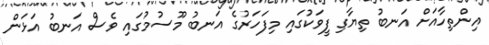
އިންތިހާއަށް އަނބު ތިޔާގި ފީވަކުގައި މިފަހަރުގެ އަނބު މޫސުމުގައި ވެސް އަނބު އަޅަން